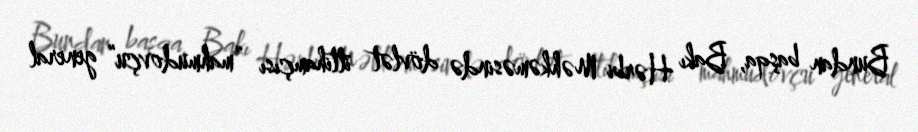
Bundan başqa, Bakı Hərbi Məhkəməsində dövlət ittihamçısı “mahmudovçu” general